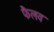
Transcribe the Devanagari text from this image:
फैलव